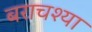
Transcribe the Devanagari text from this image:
बराचश्या